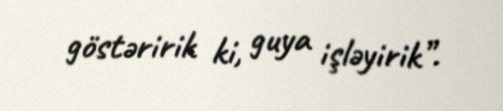
göstəririk ki, guya işləyirik”.